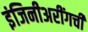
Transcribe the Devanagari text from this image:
इंजिनीअरींगची